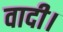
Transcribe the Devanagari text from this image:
वादी।